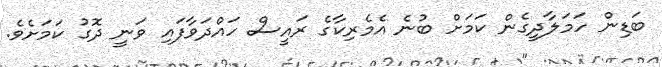
ބަޑިން ހަމަލާދީގެން ކަމަށް ބުނެ އެމެރިކާގެ ރައީސް ހައްދަވާފައި ވަނީ ދޮގު ކަމަށެވެ.